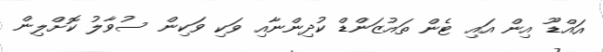
އައްޑޫ އިން އައި ޓެން ތައުޒަންޑް ކުދިންނާއި ވަކި ވަކިން ސުވާލު ކޮށްލިން